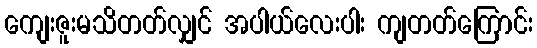
ကျေးဇူးမသိတတ်လျှင် အပါယ်လေးပါး ကျတတ်ကြောင်း